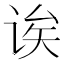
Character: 诶